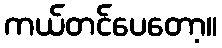
ကယ်တင်ပေတော့။